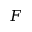
F